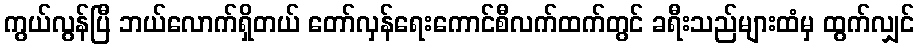
ကွယ်လွန်ပြီ ဘယ်လောက်ရှိတယ် တော်လှန်ရေးကောင်စီလက်ထက်တွင် ခရီးသည်များထံမှ ထွက်လျှင်